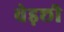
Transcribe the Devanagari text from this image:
वेड़छी